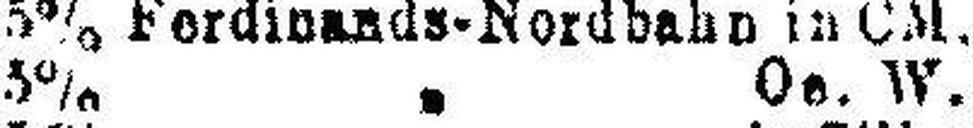
5% „ Oe. W.